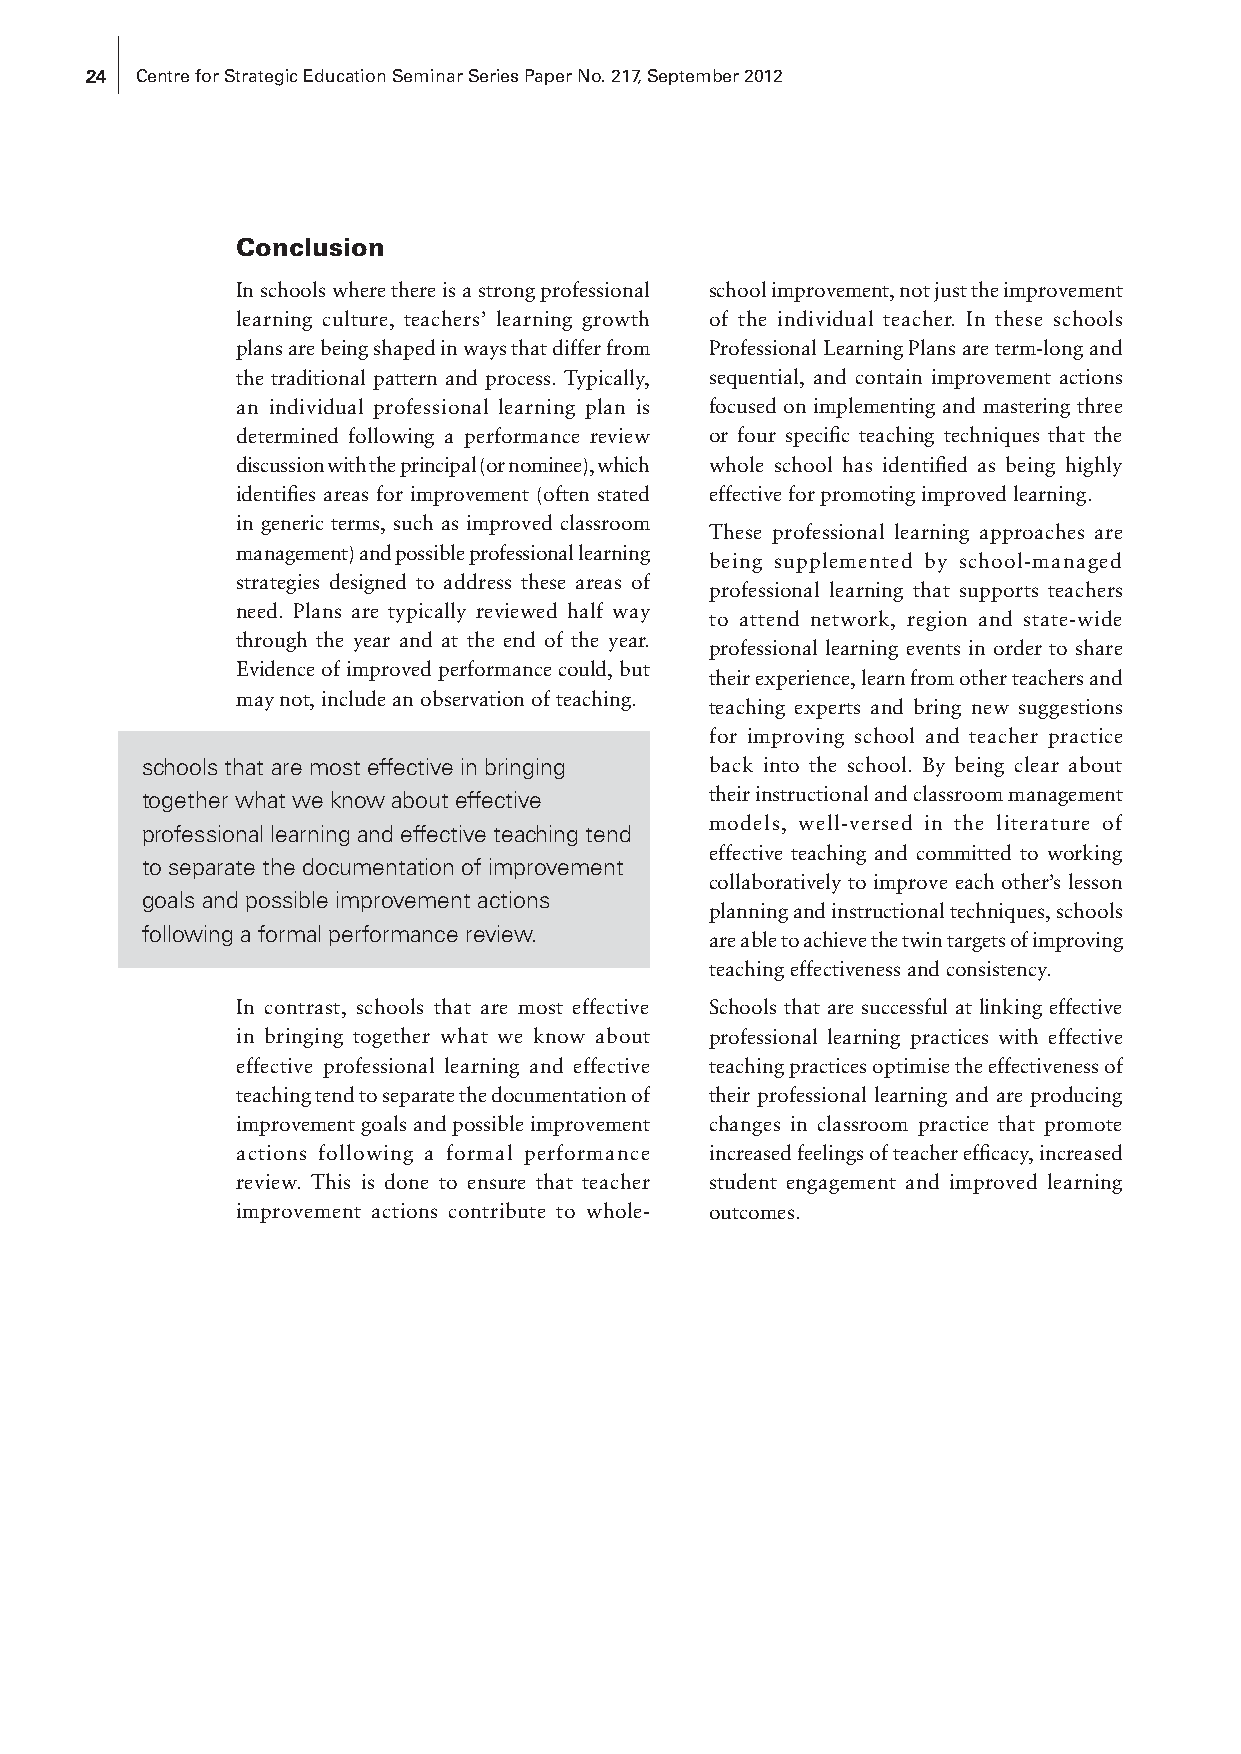
24 Centre for Strategic Education Seminar Series Paper No. 217, September 2012
 Conclusion
 In schools where there is a strong professional school improvement, not just the improvement
 learning culture, teachers’ learning growth of the individual teacher. In these schools
 plans are being shaped in ways that differ from Professional Learning Plans are term-long and
 the traditional pattern and process. Typically, sequential, and contain improvement actions
 an individual professional learning plan is focused on implementing and mastering three
 determined following a performance review or four specific teaching techniques that the
 discussion with the principal (or nominee), which whole school has identified as being highly
 identifies areas for improvement (often stated effective for promoting improved learning.
 in generic terms, such as improved classroom
 These professional learning approaches are
 management) and possible professional learning
 being supplemented by school-managed
 strategies designed to address these areas of
 professional learning that supports teachers
 need. Plans are typically reviewed half way
 to attend network, region and state-wide
 through the year and at the end of the year.
 professional learning events in order to share
 Evidence of improved performance could, but
 their experience, learn from other teachers and
 may not, include an observation of teaching.
 teaching experts and bring new suggestions
 for improving school and teacher practice
 schools that are most effective in bringing back into the school. By being clear about
 together what we know about effective their instructional and classroom management
 models, well-versed in the literature of
 professional learning and effective teaching tend
 effective teaching and committed to working
 to separate the documentation of improvement
 collaboratively to improve each other’s lesson
 goals and possible improvement actions
 planning and instructional techniques, schools
 following a formal performance review.
 are able to achieve the twin targets of improving
 teaching effectiveness and consistency.
 In contrast, schools that are most effective Schools that are successful at linking effective
 in bringing together what we know about professional learning practices with effective
 effective professional learning and effective teaching practices optimise the effectiveness of
 teaching tend to separate the documentation of their professional learning and are producing
 improvement goals and possible improvement changes in classroom practice that promote
 actions following a formal performance increased feelings of teacher efficacy, increased
 review. This is done to ensure that teacher student engagement and improved learning
 improvement actions contribute to whole- outcomes.